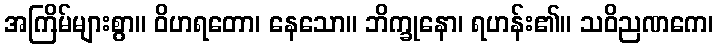
အကြိမ်များစွာ။ ဝိဟရတော၊ နေသော။ ဘိက္ခုနော၊ ရဟန်း၏။ သဝိညဏကေ၊